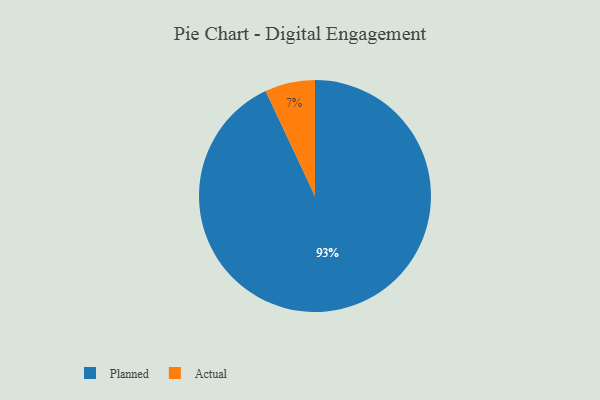
{"axis": {"x": "Category", "y": "Percentage"}, "legend": ["Actual", "Planned"], "data": [{"x": "Planned", "y": 93, "type": "Planned"}, {"x": "Actual", "y": 7, "type": "Actual"}]}